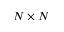
N \times N